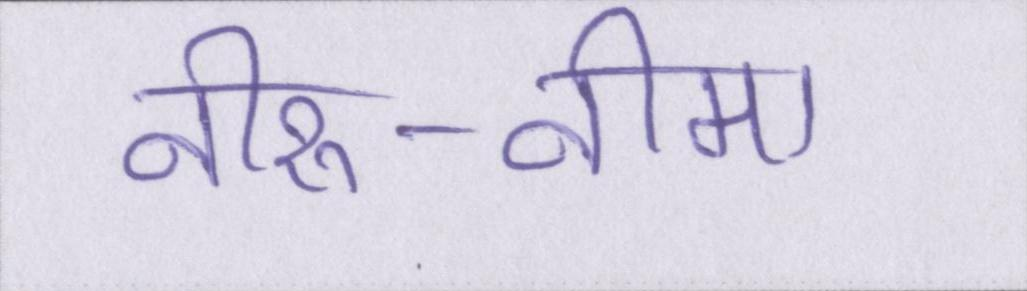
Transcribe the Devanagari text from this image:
नीरु-नीमा